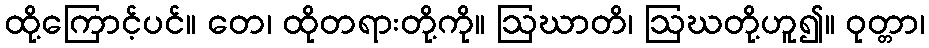
ထို့ကြောင့်ပင်။ တေ၊ ထိုတရားတို့ကို။ ဩဃာတိ၊ ဩဃတို့ဟူ၍။ ဝုတ္တာ၊